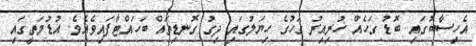
އެހިސާބުގައި ބޮޑު ގަހެއް ހުރިއިރު ގަހުގެ ހިޔަލުގައި ދިގު ގޮނޑިތައް ބަހައްޓާފައިވެއެވެ. އުޑުމަތީގައި